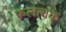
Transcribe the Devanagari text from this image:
फलत्वक्